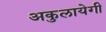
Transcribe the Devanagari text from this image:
अकुलायेगी